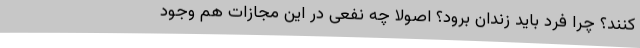
کنند؟ چرا فرد باید زندان برود؟ اصولا چه نفعی در این مجازات هم وجود